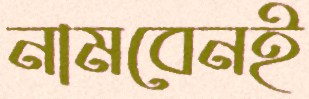
নামবেনই